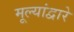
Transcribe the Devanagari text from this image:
मूल्यांद्वारे